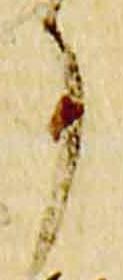
事